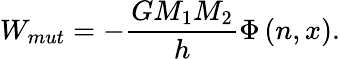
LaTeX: W_{mut}=\displaystyle-\frac{GM_{1}M_{2}}{h}\Phi\left(n,x\right).